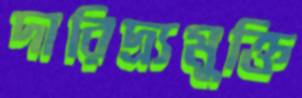
দারিদ্র্যমুক্তি